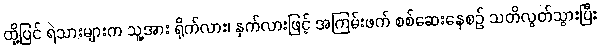
ထို့ပြင် ရဲသားများက သူ့အား ရိုက်လား၊ နှက်လားဖြင့် အကြမ်းဖက် စစ်ဆေးနေစဉ် သတိလွတ်သွားပြီး